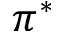
\pi ^ { * }